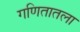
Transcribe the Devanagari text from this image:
गणितातला